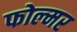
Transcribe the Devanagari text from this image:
फोल्मर